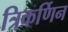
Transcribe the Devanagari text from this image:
त्रिकर्णिन